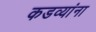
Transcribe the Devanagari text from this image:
कडव्यांना